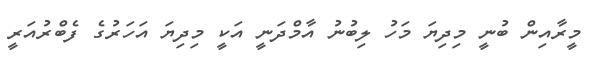
މީރާއިން ބުނީ މިދިޔަ މަހު ލިބުނު އާމްދަނީ އަކީ މިދިޔަ އަހަރުގެ ފެބްރުއަރީ